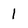
Character: 1